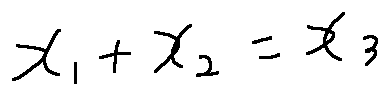
x _ { 1 } + x _ { 2 } = x _ { 3 }